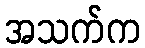
အသက်က